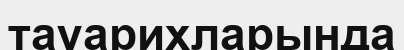
тауарихларында